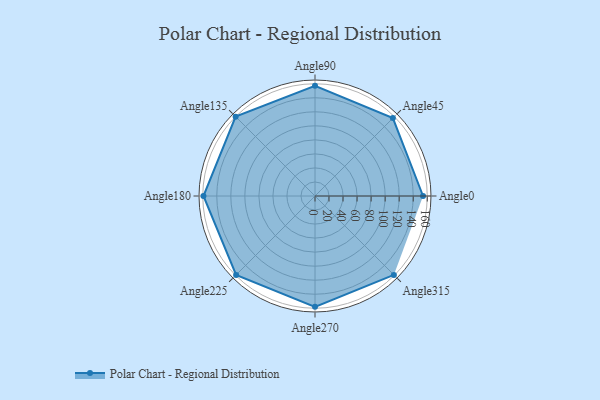
{"axis": {"x": "Angle", "y": "Radius"}, "legend": [""], "data": [{"x": "Angle0", "y": 154.0, "type": ""}, {"x": "Angle45", "y": 157.0, "type": ""}, {"x": "Angle90", "y": 157.0, "type": ""}, {"x": "Angle135", "y": 160.0, "type": ""}, {"x": "Angle180", "y": 159.0, "type": ""}, {"x": "Angle225", "y": 159.0, "type": ""}, {"x": "Angle270", "y": 158.0, "type": ""}, {"x": "Angle315", "y": 159.0, "type": ""}]}